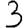
Digit: 3